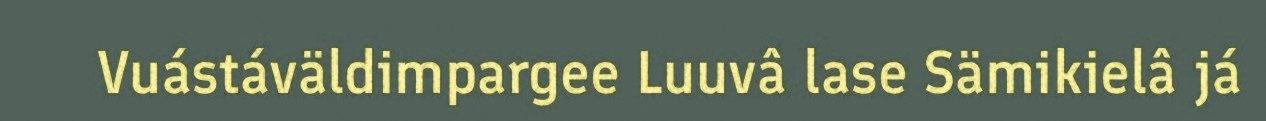
Vuástáväldimpargee Luuvâ lase Sämikielâ já